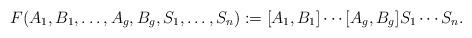
LaTeX: \begin{align*}F(A_1, B_1, \ldots ,A_g , B_g, S_1 , \ldots , S_n):= [A_1,B_1] \cdots [A_g ,B_g] S_1 \cdots S_n. \end{align*}